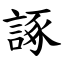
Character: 諑